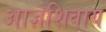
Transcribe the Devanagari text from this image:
आज्ञेशिवाय